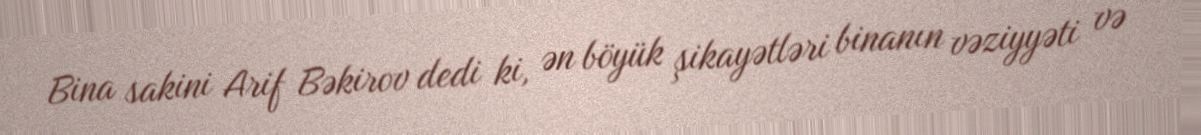
Bina sakini Arif Bəkirov dedi ki, ən böyük şikayətləri binanın vəziyyəti və